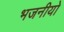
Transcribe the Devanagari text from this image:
भजनीयो